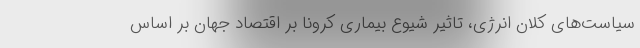
سیاست‌های کلان انرژی، تاثیر شیوع بیماری کرونا بر اقتصاد جهان بر اساس